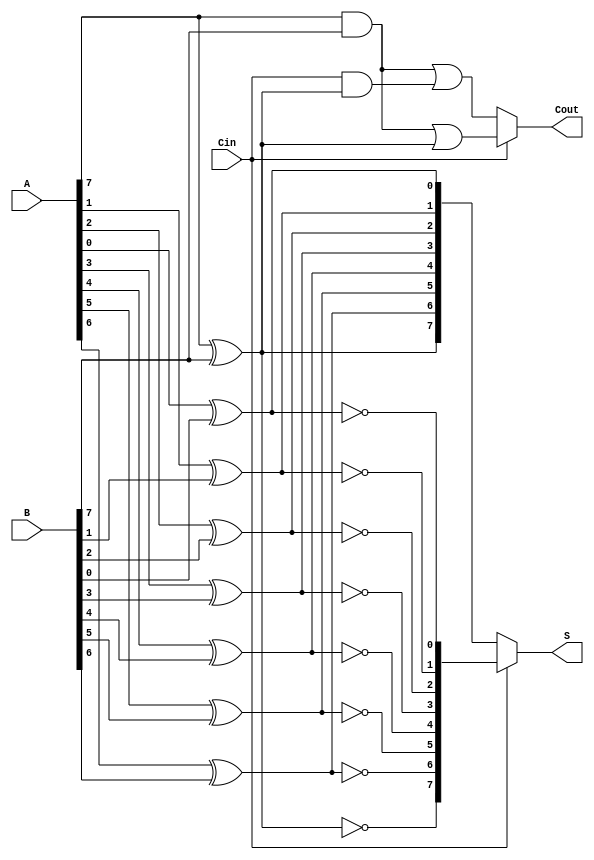
module conditional_sum_adder #(parameter N = 8) (
    input  wire [N-1:0] A,      // First n-bit input
    input  wire [N-1:0] B,      // Second n-bit input
    input  wire Cin,             // Carry-in
    output reg  [N-1:0] S,       // n-bit sum output
    output reg  Cout             // Carry-out
);

    reg [N-1:0] S0;              // Sum with carry-in = 0
    reg [N-1:0] S1;              // Sum with carry-in = 1
    reg [N-1:0] C0;              // Carry-out with carry-in = 0
    reg [N-1:0] C1;              // Carry-out with carry-in = 1
    reg [N-1:0] carry;           // Intermediate carry signals
    integer i;

    // Generate sums and carry for each bit
    always @(*) begin
        for (i = 0; i < N; i = i + 1) begin
            S0[i] = A[i] ^ B[i] ^ 0;           // Sum assuming carry-in = 0
            S1[i] = A[i] ^ B[i] ^ 1;           // Sum assuming carry-in = 1
            
            C0[i] = (A[i] & B[i]) | (Cin & (A[i] ^ B[i])); // Carry assuming carry-in = 0
            C1[i] = (A[i] & B[i]) | (1 & (A[i] ^ B[i]));   // Carry assuming carry-in = 1
        end
    end

    // Carry propagation
    always @(*) begin
        carry[0] = Cin ? C1[0] : C0[0];
        for (i = 1; i < N; i = i + 1) begin
            carry[i] = Cin ? C1[i] : C0[i];
        end
    end

    // Select output based on carry propagation
    always @(*) begin
        if (Cin) begin
            S = S1;         // Select S1 if carry-in = 1
            Cout = carry[N-1]; // Final carry
        end else begin
            S = S0;         // Select S0 if carry-in = 0
            Cout = carry[N-1]; // Final carry
        end
    end

endmodule